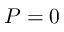
P = 0